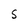
Character: S